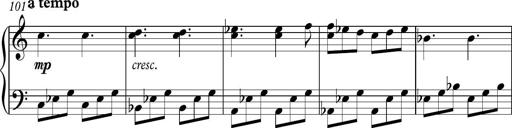
Title: Piano Sonatina in C
Composer: Daniel LÃ©o Simpson
Key: C major